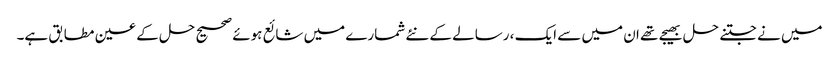
میں نے جتنے حل بھیجے تھے ان میں سے ایک ، رسالے کے نئے شمارے میں شائع ہوئے صحیح حل کے عین مطابق ہے۔